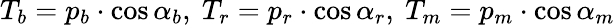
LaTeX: T_{b}=p_{b}\cdot\cos\alpha_{b},\ T_{r}=p_{r}\cdot\cos\alpha_{r},\ T_{m}=p_{m}\cdot\cos\alpha_{m}